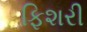
ફિશરી